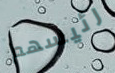
رئيسهم